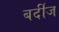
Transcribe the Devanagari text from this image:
बर्दीज